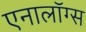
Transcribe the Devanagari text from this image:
एनालॉग्स